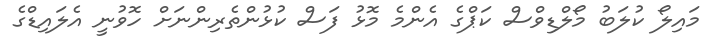
މައިލޯ ކުލަބު މޯލްޑިވްސް ކަޕްގެ އެންމެ މޮޅު ފަސް ކުޅުންތެރިންނަށް ހޮވުނީ އެލައިޑްގެ